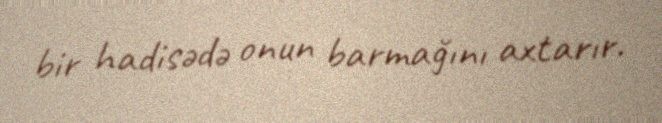
bir hadisədə onun barmağını axtarır.